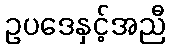
ဥပဒေနှင့်အညီ